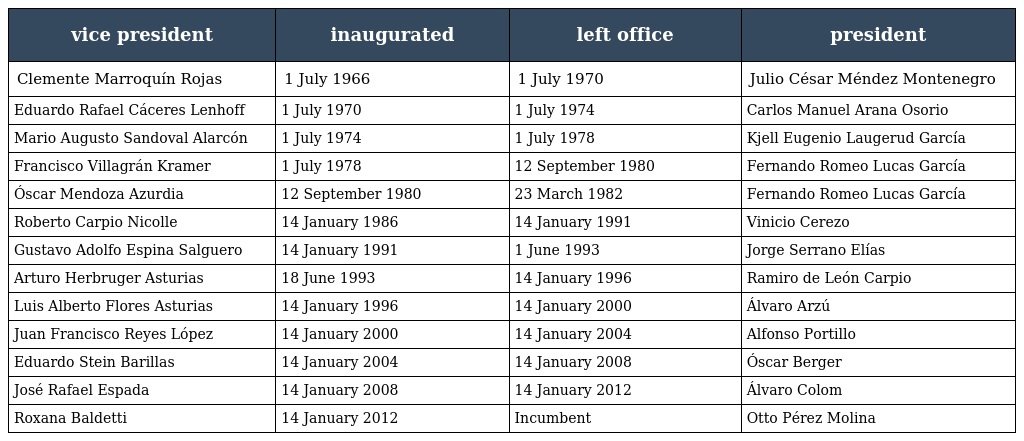
| vice president | inaugurated | left office | president |
 | --- | --- | --- | --- |
 | Clemente Marroquín Rojas | 1 July 1966 | 1 July 1970 | Julio César Méndez Montenegro |
 | Eduardo Rafael Cáceres Lenhoff | 1 July 1970 | 1 July 1974 | Carlos Manuel Arana Osorio |
 | Mario Augusto Sandoval Alarcón | 1 July 1974 | 1 July 1978 | Kjell Eugenio Laugerud García |
 | Francisco Villagrán Kramer | 1 July 1978 | 12 September 1980 | Fernando Romeo Lucas García |
 | Óscar Mendoza Azurdia | 12 September 1980 | 23 March 1982 | Fernando Romeo Lucas García |
 | Roberto Carpio Nicolle | 14 January 1986 | 14 January 1991 | Vinicio Cerezo |
 | Gustavo Adolfo Espina Salguero | 14 January 1991 | 1 June 1993 | Jorge Serrano Elías |
 | Arturo Herbruger Asturias | 18 June 1993 | 14 January 1996 | Ramiro de León Carpio |
 | Luis Alberto Flores Asturias | 14 January 1996 | 14 January 2000 | Álvaro Arzú |
 | Juan Francisco Reyes López | 14 January 2000 | 14 January 2004 | Alfonso Portillo |
 | Eduardo Stein Barillas | 14 January 2004 | 14 January 2008 | Óscar Berger |
 | José Rafael Espada | 14 January 2008 | 14 January 2012 | Álvaro Colom |
 | Roxana Baldetti | 14 January 2012 | Incumbent | Otto Pérez Molina |